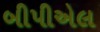
બીપીએલ